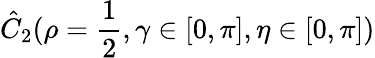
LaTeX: \hat{C}_{2}(\rho=\frac{1}{2},\gamma\in[0,\pi],\eta\in[0,\pi])